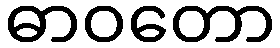
ဓာဝတော